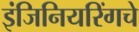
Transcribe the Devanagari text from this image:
इंजिनियरिंगचे